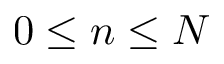
0 \leq n \leq N